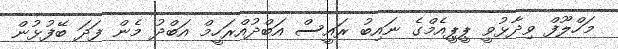
މަހްލޫފް ވިދާޅުވީ ޕީޕީއެމްގެ ނައިބު ރައީސް އަބްދުއްރަހީމް އަބްދު މެން ފަދަ ބޭފުޅުން